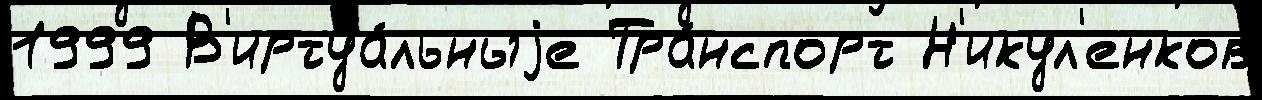
1999 В'иртуа́льныjе Тра́нспорт Н'икул'енков